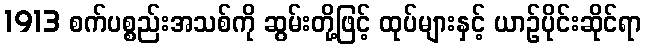
1913 စက်ပစ္စည်းအသစ်ကို ဆွမ်းတို့ဖြင့် ထုပ်များနှင့် ယာဉ်ပိုင်းဆိုင်ရာ